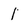
Character: 1